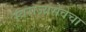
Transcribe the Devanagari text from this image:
स्वराज्यसेवेचा